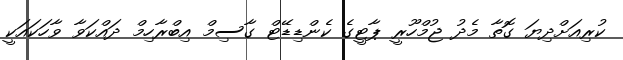
ކުރިއަށްދިޔަ ގޮތާ މެދު ޖުމްހޫރީ ޕާޓީގެ ކެންޑިޑޭޓް ގާސިމް އިބްރާހިމް ދައްކަވާ ވާހަކައަކީ